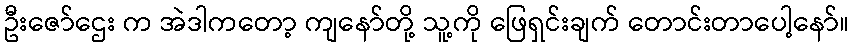
ဦးဇော်ဌေး က အဲဒါကတော့ ကျနော်တို့ သူ့ကို ဖြေရှင်းချက် တောင်းတာပေါ့နော်။